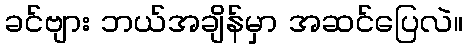
ခင်ဗျား ဘယ်အချိန်မှာ အဆင်ပြေလဲ။